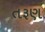
તરૂણ